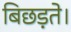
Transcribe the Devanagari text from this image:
बिछड़ते।